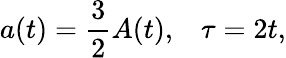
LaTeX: a(t)=\frac{3}{2}A(t),\; \; \; \tau=2t,